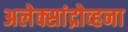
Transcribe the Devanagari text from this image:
अलेक्सांद्रोव्हना